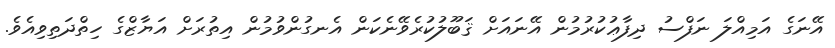
އޭނަގެ އަމިއްލަ ނަފްސު ދިފާޢުކުރުމުން އޭނައަށް ޤަބޫލުކުރެވޭނެކަން އެނގުންވުމުން އިތުރަށް އަޔާޒްގެ ހިތްދަތިވިއެވެ.